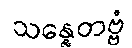
သန္နေတဗ္ဗံ